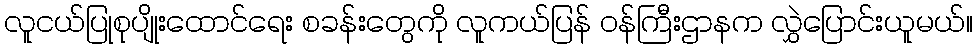
လူငယ်ပြုစုပျိုးထောင်ရေး စခန်းတွေကို လူကယ်ပြန် ဝန်ကြီးဌာနက လွှဲပြောင်းယူမယ်။